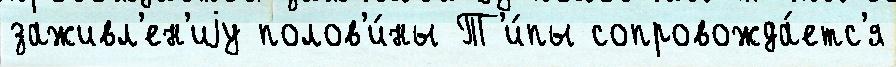
заживл'ен'иjу полов'и́ны Т'и́пы сопровожда́етс'я